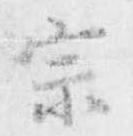
宗